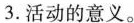
3.活动的意义。